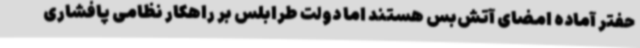
حفتر آماده امضای آتش‌بس هستند اما دولت طرابلس بر راهکار نظامی پافشاری